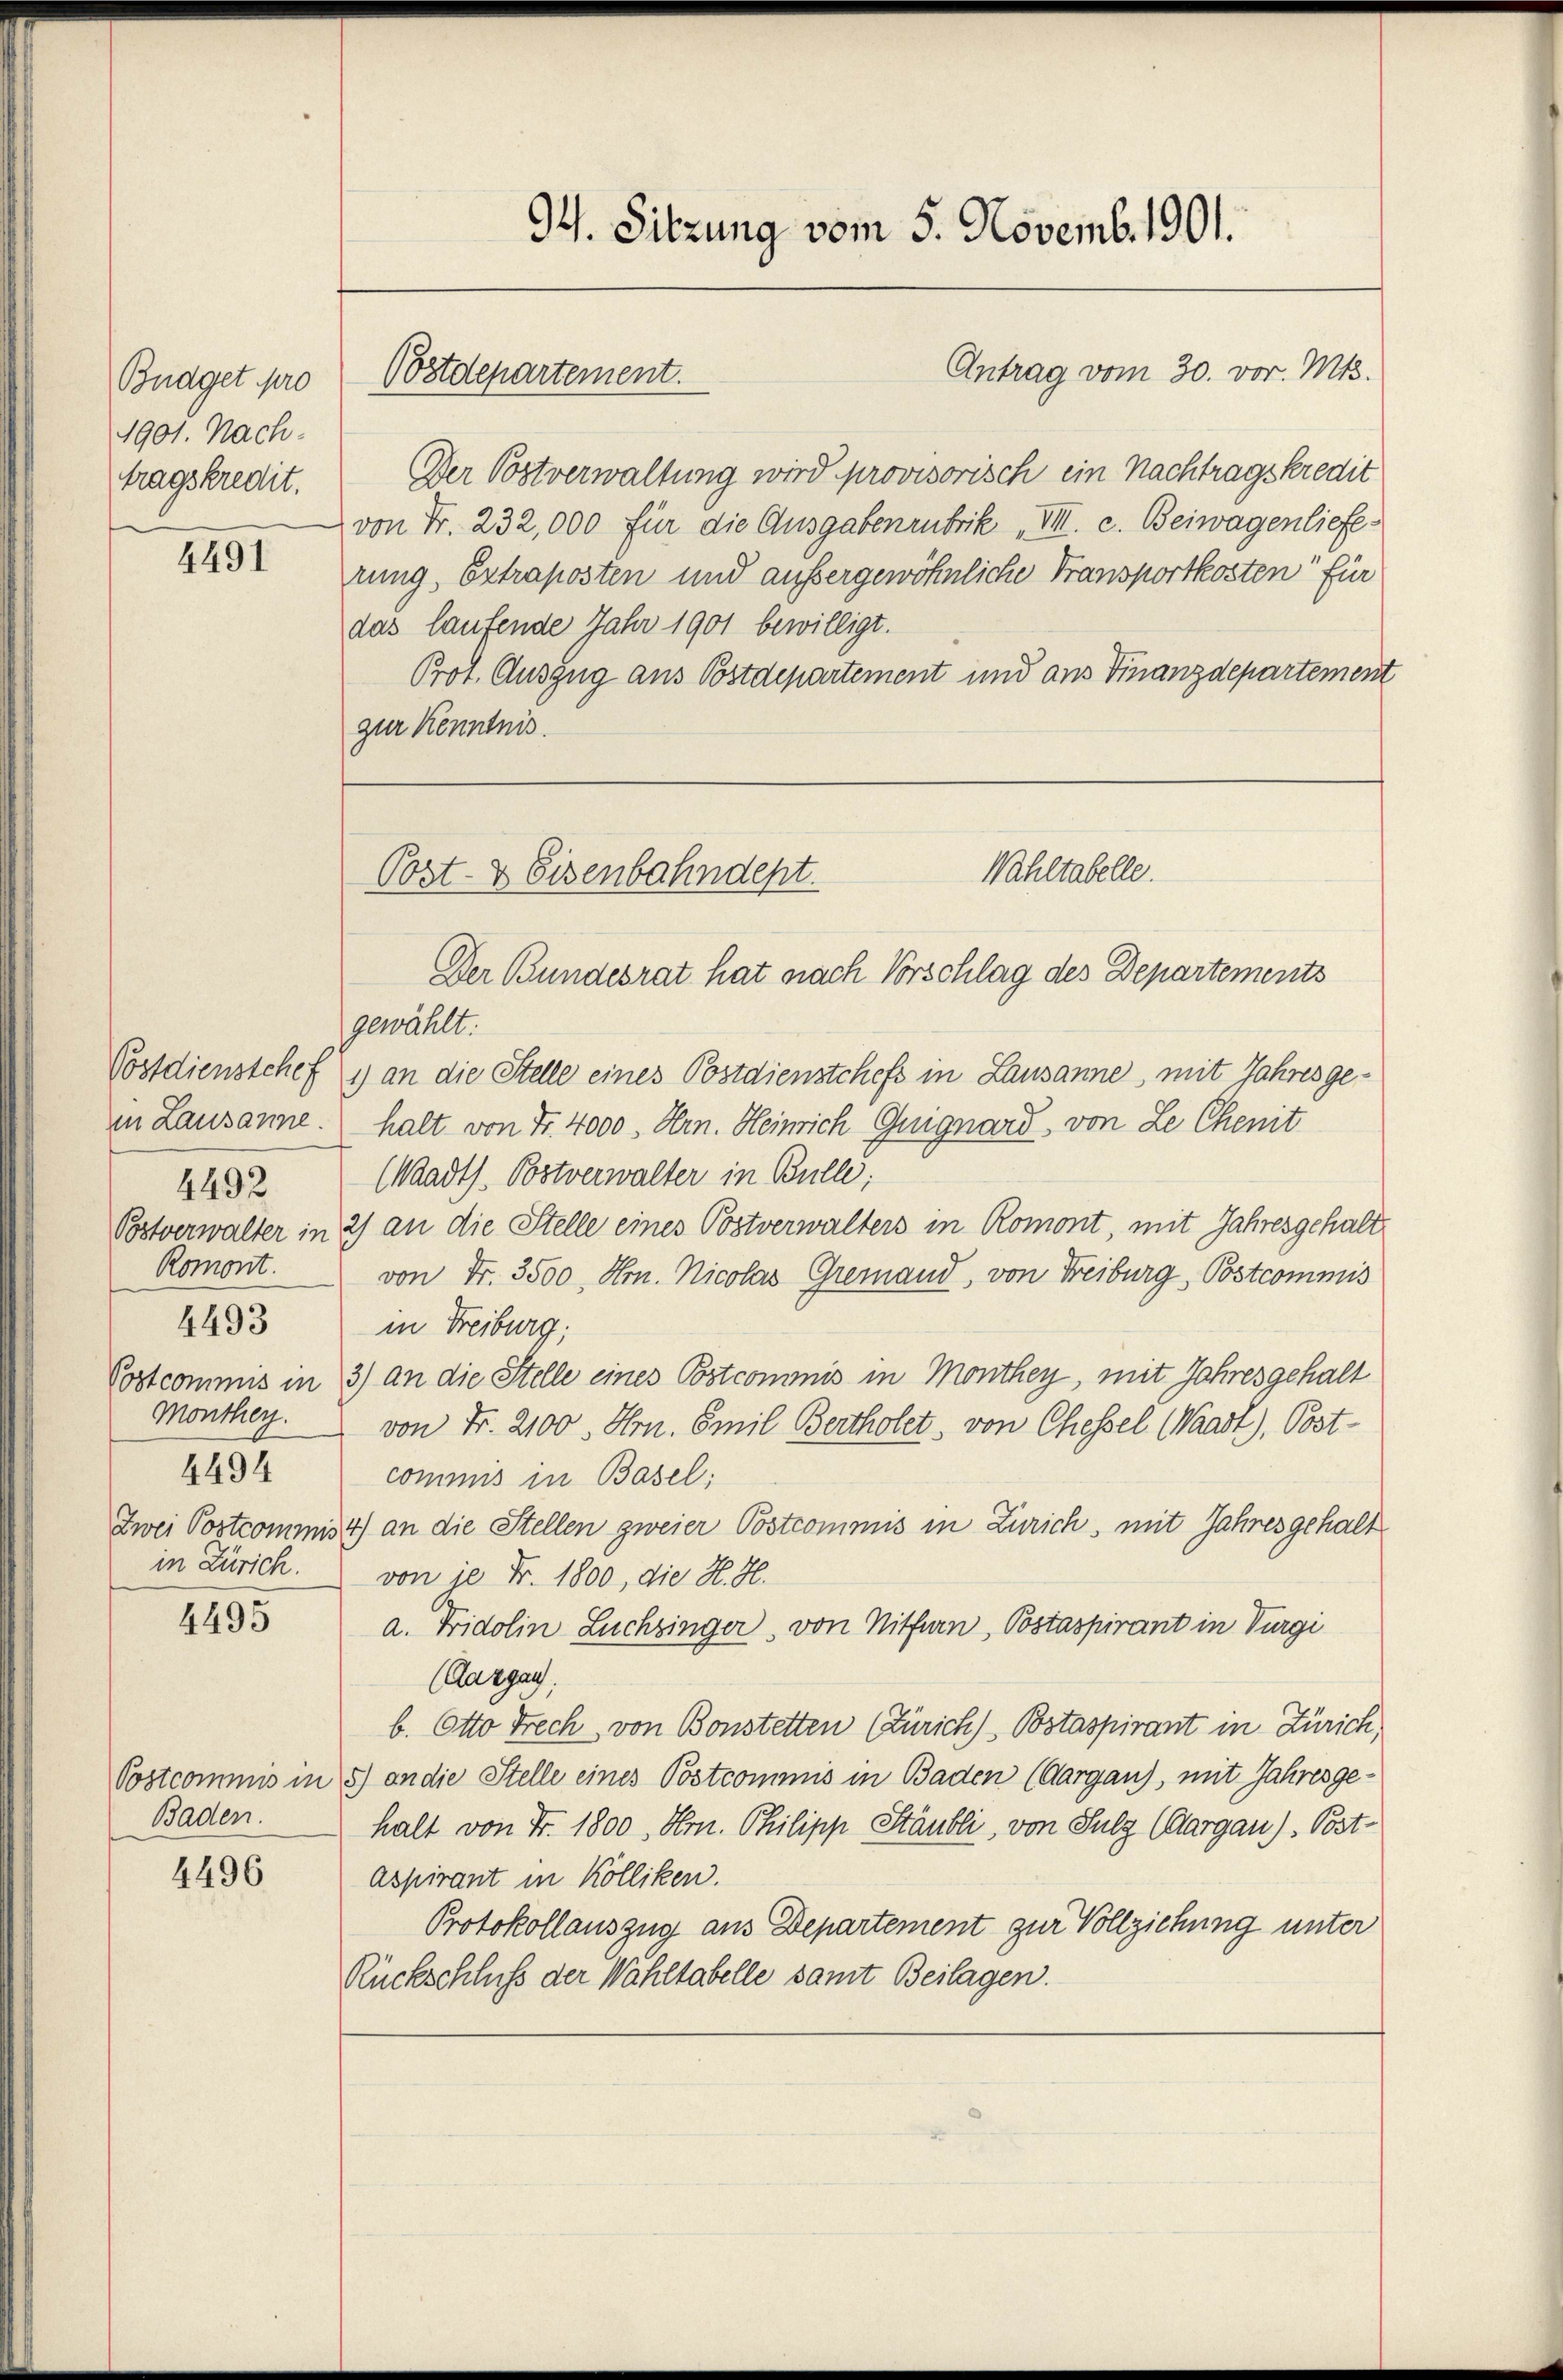
Budget pro
1901. Nach-
tragskredit.

4491

4492
Romont.
4493
Monthey.
4494

4495

Baden.

4496

Der Bundesrat hat nach Vorschlag des Departements
gewählt:
Postdienstchef 1) an die Stelle eines Postdienstchefs in Lausanne, mit Jahres gein Lausanne. halt von Fr. 4000. Hrn. Heinrich Guignard, von Le Chenit
(Waadts. Botverwalter in Bulle;
Postverwalter in 2) an die Stelle eines Postverwalters in Romont, mit Jahresgehalt
von Fr. 3500. Hrn. Nicolas Gremand, von Freiburg, Postcommis
in Freiburg;
Postcommis in 3) an die Stelle eines Postcommis in Monthey, mit Jahresgehalt
von Fr. 2100. Hrn. Emil Bertholet, von Chessel Waadt), Postcommis in Basel;
Zwei Postcommis 4) an die Stellen zweier Postcommis in Zürich, mit Jahres gehalt
in Zürich. von je Fr. 1800, die H. H.
a. Fridolin Luchzinger, von Nitfern, Postaspirant in Vergi
(Aargau;
b. Otto Frech von Bonstetten (Zürich) Bstaspirant in Zürich,
Postcommis in 5) an die Stelle eines Postcommis in Baden (Aargau), mit Jahresgehalt von Fr. 1800, Hrn. Philipp Stäubli, von Sulz (Aargau). Post-
Aspirant in Kölliken.
Protokollauszug aus Departement zur Vollziehung unter
Rückschluß der Wahltabelle samt Beilagen.

Antrag vom 30. vor. Mts.
Der Postverwaltung wird provisorisch ein Nachtragskredit
von Fr. 232, 000 für die Ausgabenrubrik „VIII. c. Beiwagenliefe
rung, Extraposten und außergewöhnliche Transportkosten für
das laufende Jahr 1901 bewilligt.
Prot. Auszug aus Postdepartement und aus Finanzdepartement
zur Kenntnis.

Postdepartement.

G. Sitzung vom 5. Novemb. 1901.

Wahltabelle.
Post- & Eisenbahndept.